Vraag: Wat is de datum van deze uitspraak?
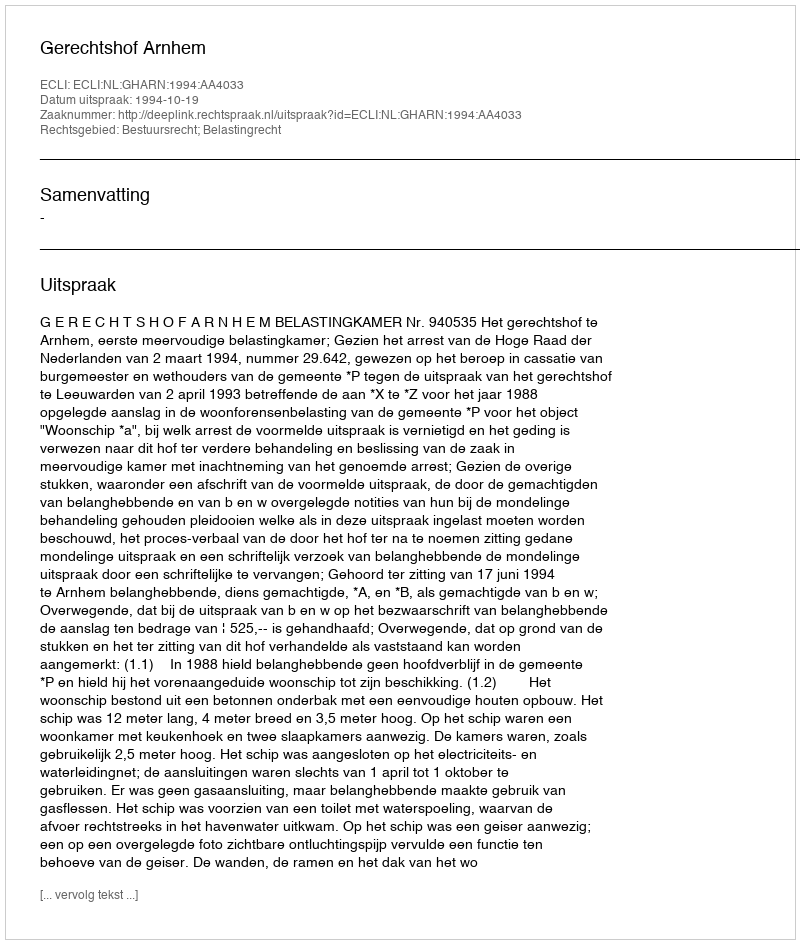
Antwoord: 1994-10-19